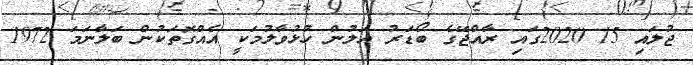
ޖުލައި 15 2020ގައި ރާއްޖޭގެ ބޯޑަރު އަލުން ހުޅުވާލުމަކީ އެއްގޮތަކުން ބަލާނަމަ 1972